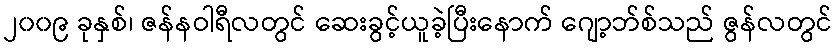
၂၀၀၉ ခုနှစ်၊ ဇန်နဝါရီလတွင် ဆေးခွင့်ယူခဲ့ပြီးနောက် ဂျော့ဘ်စ်သည် ဇွန်လတွင်